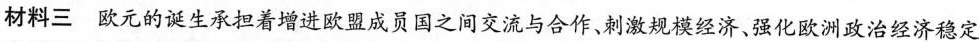
材料三欧元的诞生承担着增进欧盟成员国之间交流与合作、刺激规模经济。强化欧洲政治经济稳定